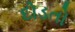
દોડતો